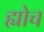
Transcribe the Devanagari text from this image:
ह्योच